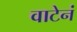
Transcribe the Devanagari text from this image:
वाटेनं